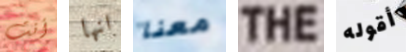
أنت انها معنا THE أقوله